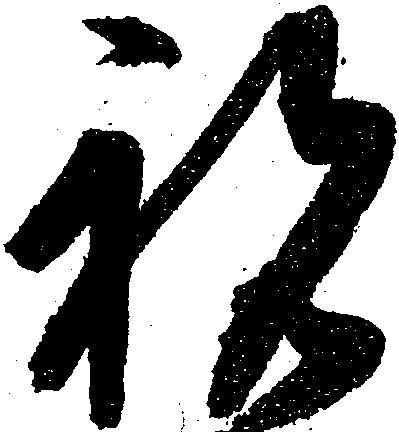
祝